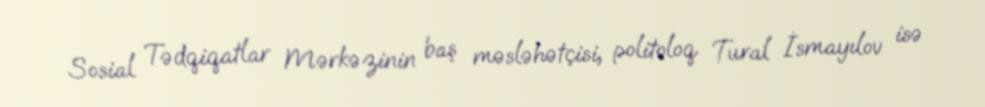
Sosial Tədqiqatlar Mərkəzinin baş məsləhətçisi, politoloq Tural İsmayılov isə